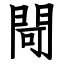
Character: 閜